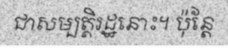
ជាសម្បត្តិរដ្ឋនោះ។ ប៉ុន្តែ